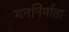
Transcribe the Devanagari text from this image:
गननिर्माता